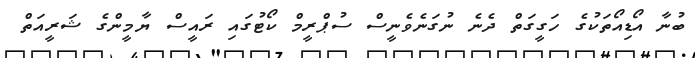
ބުނާ އޯޑިއޯތަކުގެ ހަގީގަތް ދެނެ ނުގަނެވެނީސް ސުޕްރީމް ކޯޓުގައި ރައީސް ޔާމީންގެ ޝަރީއަތް